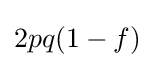
{\textstyle 2pq(1-f)}